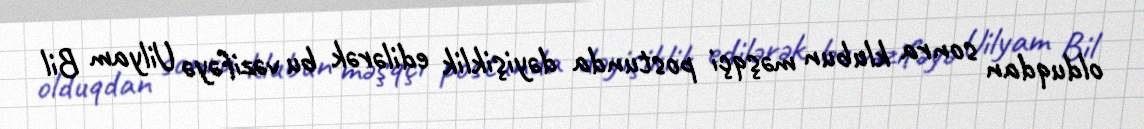
olduqdan sonra klubun məşqçi postunda dəyişiklik edilərək bu vəzifəyə Uilyam Bil